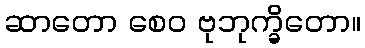
ဆာတော စေဝ ဗုဘုက္ခိတော။